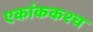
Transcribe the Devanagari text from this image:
एकांककश्च